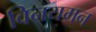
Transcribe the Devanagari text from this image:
विनयमन